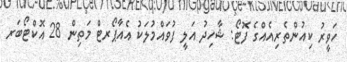
ހަވީރު ކިއުންތެރިއެއްގެ ފޮޓޯ: ޝާހިދު އަލީ ފުވައްމުލަކު އެއާޕޯރޓް މަތިން 28 އޮކްޓޯބަރ